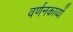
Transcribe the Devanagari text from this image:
वर्णनकाव्यों